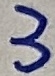
Text: 3